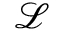
\mathcal { L }